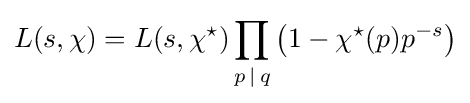
L(s,\chi )=L(s,\chi ^{\star })\prod _{p\,|\,q}\left(1-\chi ^{\star }(p)p^{-s}\right)